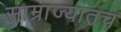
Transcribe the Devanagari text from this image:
साम्राज्यातच